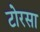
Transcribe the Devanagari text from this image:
टोरसा